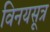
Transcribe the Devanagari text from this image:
विनयसूत्र